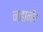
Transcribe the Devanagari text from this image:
नहानी।